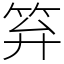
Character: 笲